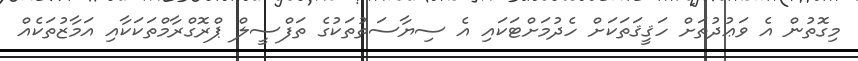
މިގޮތުން އެ ވަޢުދުތަށް ހަޤީޤަތަކަށް ހެދުމަށްޓަކައި އެ ސިޔާސަތުތަކުގެ ތަފްސީލް ޕްރޮގްރާމްތަކަކާއި އަމާޒުތަކެއް